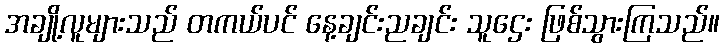
အချို့လူများသည် တကယ်ပင် နေ့ချင်းညချင်း သူဌေး ဖြစ်သွားကြသည်။